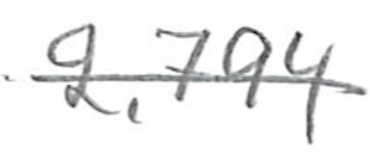
Text: 2,794
Cross-out: single-line
Writing tool: pencil